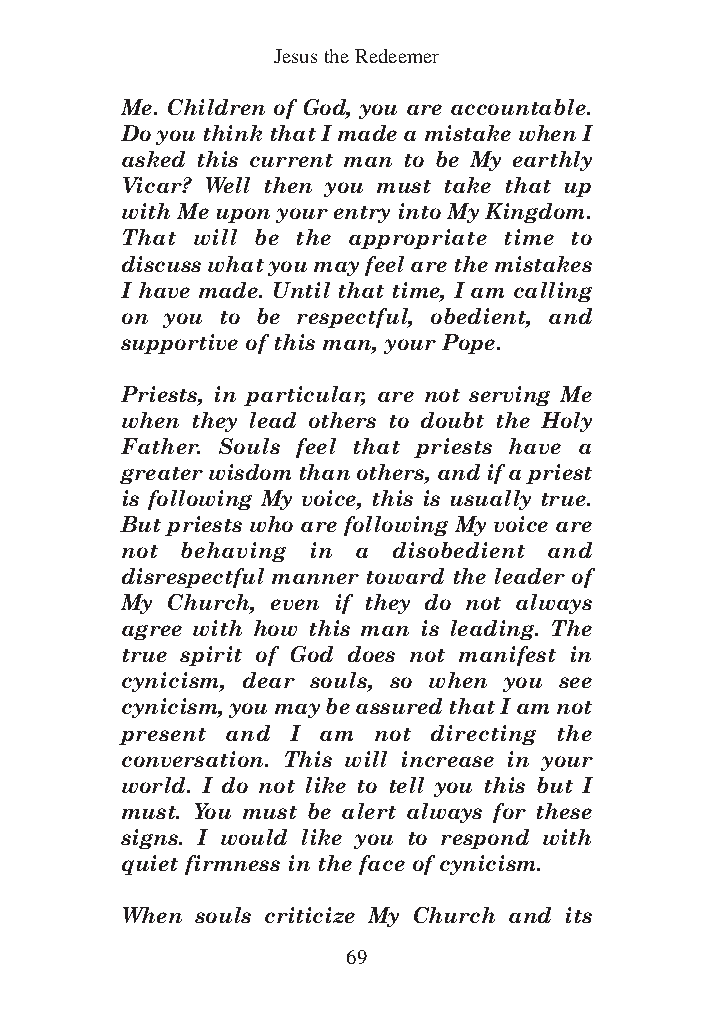
DFOT Vol 5 No App_1 12/3/13 8:54 PM Page 69
 Jesus the Redeemer
 Me. Children of God, you are accountable.
 Do you think that I made a mistake when I
 asked this current man to be My earthly
 Vicar? Well then you must take that up
 with Me upon your entry into My Kingdom.
 That will be the appropriate time to
 discuss what you may feel are the mistakes
 I have made. Until that time, I am calling
 on you to be respectful, obedient, and
 supportive of this man, your Pope.
 Priests, in particular, are not serving Me
 when they lead others to doubt the Holy
 Father. Souls feel that priests have a
 greater wisdom than others, and if a priest
 is following My voice, this is usually true.
 But priests who are following My voice are
 not behaving in a disobedient and
 disrespectful manner toward the leader of
 My Church, even if they do not always
 agree with how this man is leading. The
 true spirit of God does not manifest in
 cynicism, dear souls, so when you see
 cynicism, you may be assured that I am not
 present and I am not directing the
 conversation. This will increase in your
 world. I do not like to tell you this but I
 must. You must be alert always for these
 signs. I would like you to respond with
 quiet firmness in the face of cynicism.
 When souls criticize My Church and its
 69